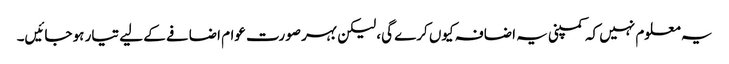
یہ معلوم نہیں کہ کمپنی یہ اضافہ کیوں کرے گی، لیکن بہر صورت عوام اضافے کے لیے تیار ہو جائیں۔